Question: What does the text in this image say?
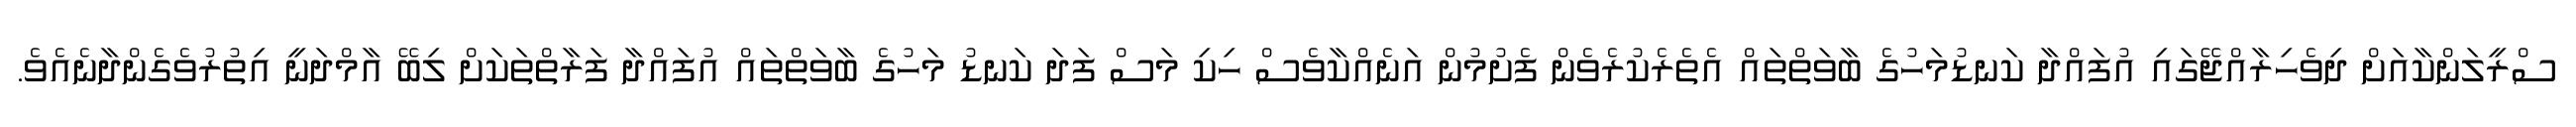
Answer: ސްރީލަންކާއަށް ދިވެހިރާއްޖޭގައި އުފައްދާ ކަނޑުމަހުގެ ބާވަތްތައް އެތެރެކުރެވެން ފެށުމުން އަނެއްކާވެސް ހިކި މަސް ފަދަ ކަނޑު މަހުގެ ބާވަތްތައް އުފައްދާ ފަރާތްތަކަށް ލިބޭ އާމްދަނީ އިތުރުވެގެންދާނެއެވެ.